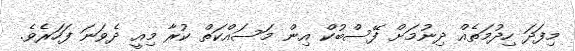
މިފަދަ ހިދުމަތެއް ދިނުމަށް ފޭސްބުކް އިން މަސައްކަތް ކުރާ މިއީ ދެވަނަ ފަހަރެވެ.